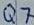
Text: Q7